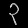
Digit: ၃